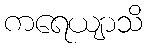
ကရေယျာသိ